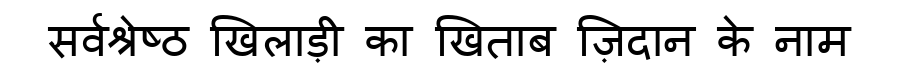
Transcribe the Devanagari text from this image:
सर्वश्रेष्ठ खिलाड़ी का खिताब ज़िदान के नाम